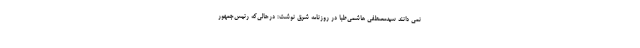
نمی دانند سیدمصطفی هاشمی‌طبا در روزنامه شرق نوشت: درحالی‌که رئیس‌جمهور